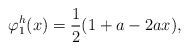
\begin{align*}\varphi^h_1(x) = {1 \over 2} ( 1 + a - 2 a x ) ,\end{align*}